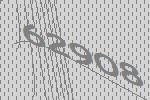
62908